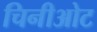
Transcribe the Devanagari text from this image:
चिनीओट